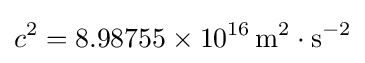
c^{2}=8.98755\times 10^{16}\,\mathrm {m^{2}\cdot s^{-2}}